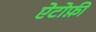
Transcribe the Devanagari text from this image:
ऐटोफ़ी